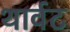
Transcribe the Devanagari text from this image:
थार्वट